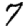
Digit: 7